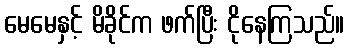
မေမေနှင့် မိခိုင်က ဖက်ပြီး ငိုနေကြသည်။